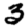
Digit: 3